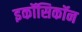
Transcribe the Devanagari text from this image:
इकॉसिकॉन